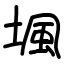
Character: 堸